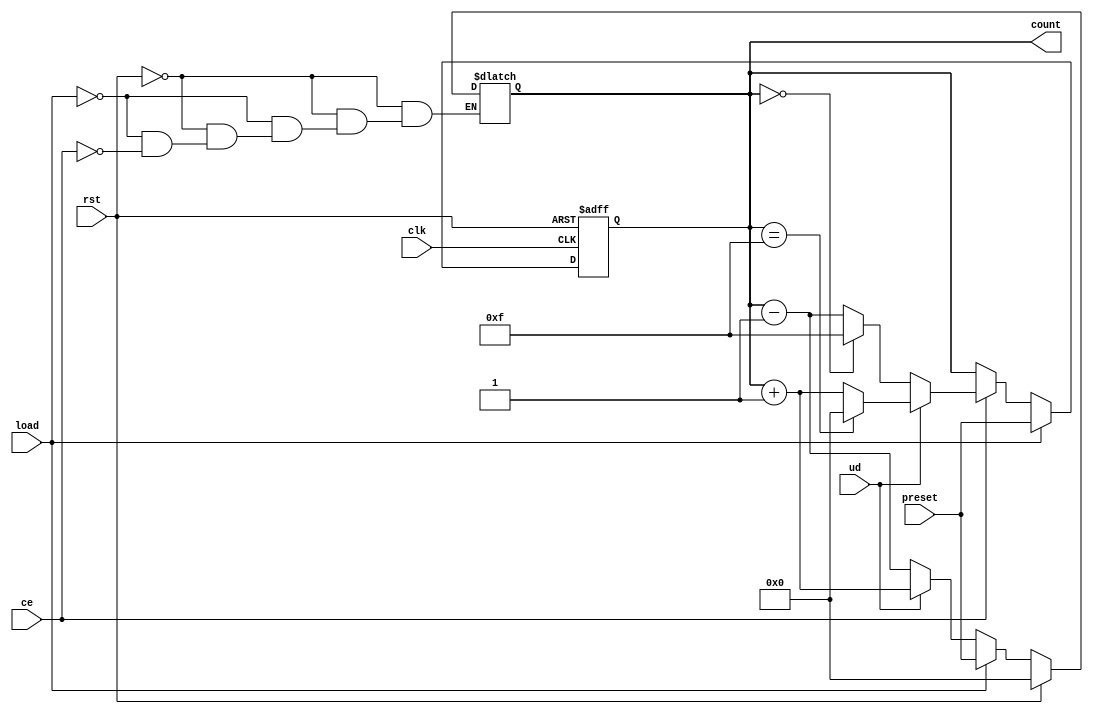
module async_load_counter (
    input wire clk,          // Clock input
    input wire rst,          // Asynchronous reset signal
    input wire load,         // Load control signal
    input wire ce,           // Count enable signal
    input wire ud,           // Up/Down control signal (1 = up, 0 = down)
    input wire [3:0] preset, // Preset value for loading
    output reg [3:0] count   // 4-bit counter output
);

    // Asynchronous reset logic
    always @(*) begin
        if (rst) begin
            count = 4'b0000; // Reset counter to 0
        end else if (load) begin
            count = preset;   // Load preset value
        end else if (ce) begin
            if (ud) begin
                count = count + 1; // Count up
            end else begin
                count = count - 1; // Count down
            end
        end
    end

    // Sequential logic for counting
    always @(posedge clk or posedge rst) begin
        if (rst) begin
            count <= 4'b0000; // Reset counter to 0 on reset
        end else if (load) begin
            count <= preset;   // Load preset value on load signal
        end else if (ce) begin
            if (ud) begin
                // Handle wrap-around for counting up
                if (count == 4'b1111) begin
                    count <= 4'b0000; // Wrap around to 0
                end else begin
                    count <= count + 1; // Increment counter
                end
            end else begin
                // Handle wrap-around for counting down
                if (count == 4'b0000) begin
                    count <= 4'b1111; // Wrap around to maximum value
                end else begin
                    count <= count - 1; // Decrement counter
                end
            end
        end
    end

endmodule